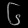
Digit: ၆